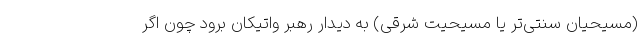
(مسیحیان سنتی‌تر یا مسیحیت شرقی) به دیدار رهبر واتیکان برود چون اگر